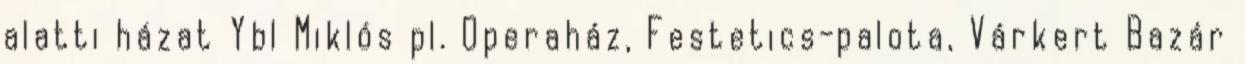
alatti házat Ybl Miklós pl. Operaház, Festetics-palota, Várkert Bazár